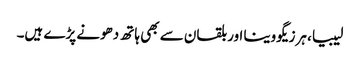
لیبیا، ہرزیگووینا اور بلقان سے بھی ہاتھ دھونے پڑے ہیں۔